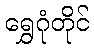
ရွှေဂုံတိုင်